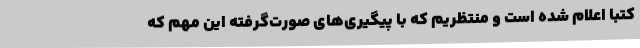
کتبا اعلام شده است و منتظریم که با پیگیری‌های صورت‌گرفته این مهم که